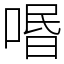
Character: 㗃